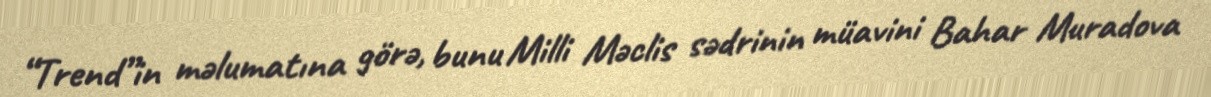
“Trend”in məlumatına görə, bunu Milli Məclis sədrinin müavini Bahar Muradova